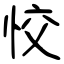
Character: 恔